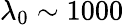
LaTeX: \lambda_{0}\sim 1000